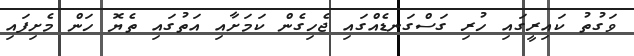
ވަގުތު ކައިރީގައި ހުރި ގަސްގަނޑެއްގައި ޖެހިގެން ކަމަށާއި އަތުގައި ތެޔޮ ހަން މެށިފައި